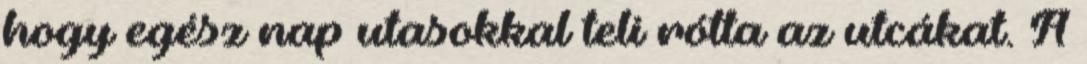
hogy egész nap utasokkal teli rótta az utcákat. A